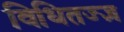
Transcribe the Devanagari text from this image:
विधितज्‍ज्ञ